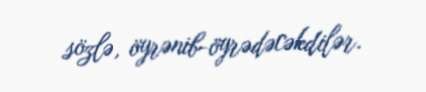
sözlə, öyrənib-öyrədəcəkdilər.